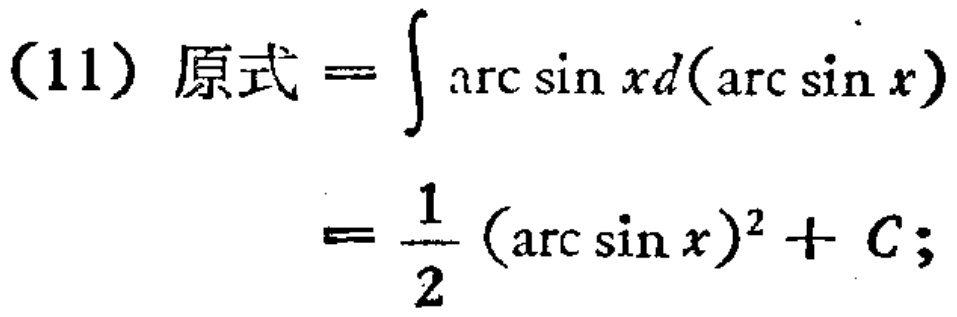
(11) 原式 \(=\int \arcsin xd(\arcsin x)\)
\(=\frac{1}{2}(\arcsin x)^{2}+C;\)